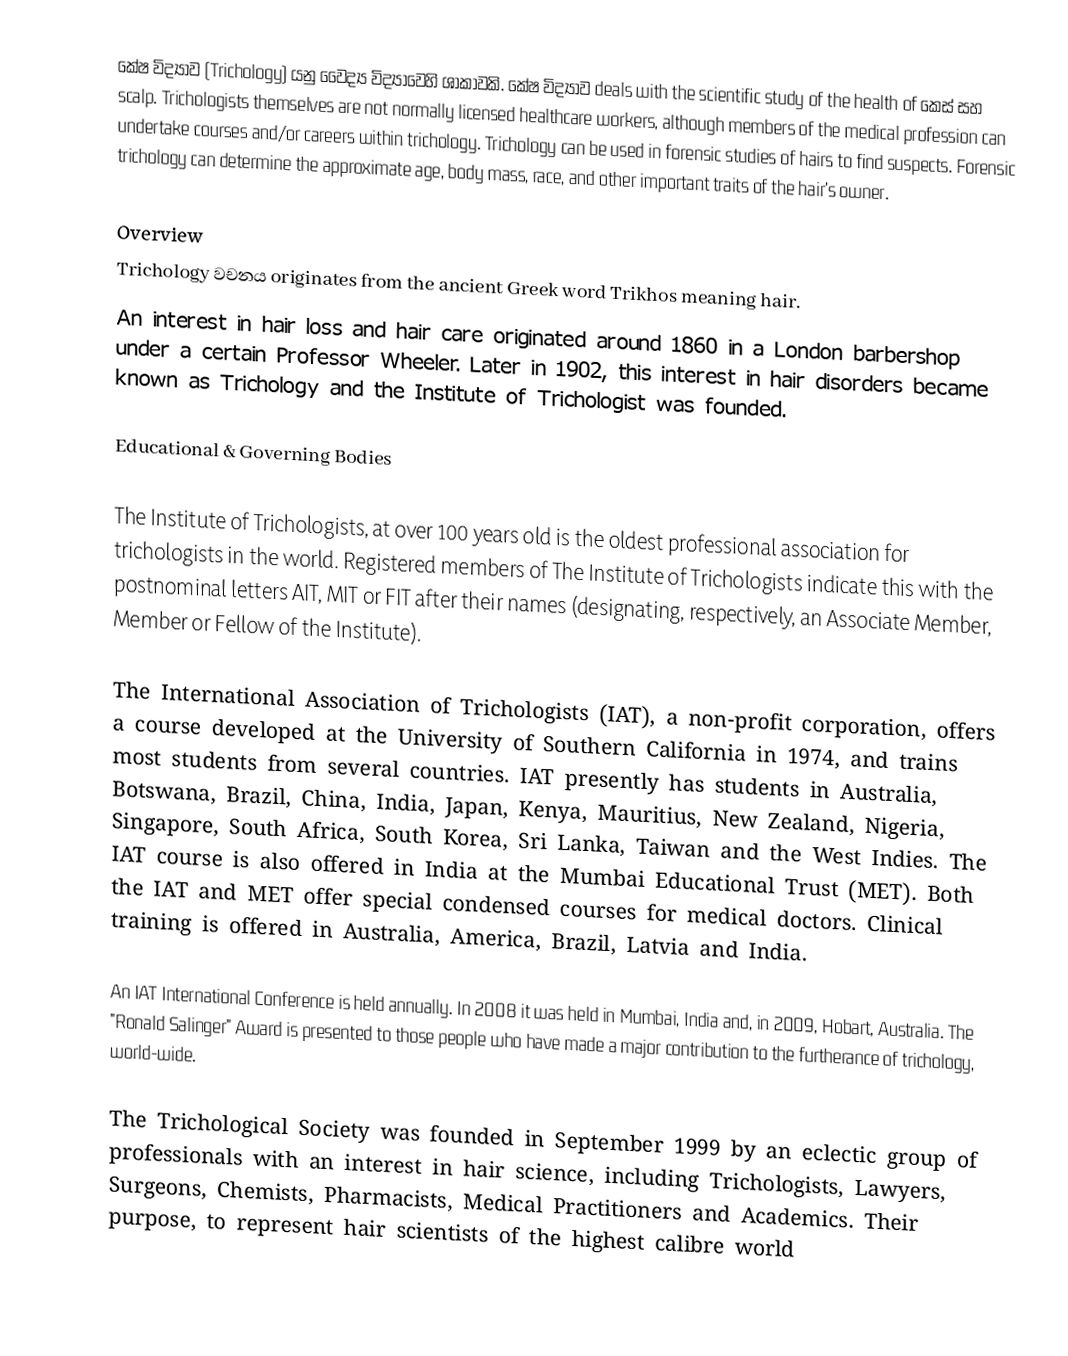
කේෂ විද්‍යාව (Trichology) යනු වෛද්‍ය විද්‍යාවෙහි ශාකාවකි. කේෂ විද්‍යාව deals with the scientific study of the health of කෙස් සහ scalp.  Trichologists themselves are not normally licensed healthcare workers, although members of the medical profession can undertake courses and/or careers within trichology. Trichology can be used in forensic studies of hairs to find suspects. Forensic trichology can determine the approximate age, body mass, race, and other important traits of the hair's owner.

Overview
Trichology වචනය originates from the ancient Greek word Trikhos meaning hair.
An interest in hair loss and hair care originated around 1860 in a London barbershop under a certain Professor Wheeler. Later in 1902, this interest in hair disorders became known as Trichology and the Institute of Trichologist was founded.

Educational & Governing Bodies

The Institute of Trichologists, at over 100 years old is the oldest professional association for trichologists in the world. Registered members of The Institute of Trichologists indicate this with the postnominal letters AIT, MIT or FIT after their names (designating, respectively, an Associate Member, Member or Fellow of the Institute).

The International Association of Trichologists (IAT), a non-profit corporation, offers a course developed at the University of Southern California in 1974, and trains most students from several countries. IAT presently has students in Australia, Botswana, Brazil, China, India, Japan, Kenya, Mauritius, New Zealand, Nigeria, Singapore, South Africa, South Korea, Sri Lanka, Taiwan and the West Indies.  The IAT course is also offered in India at the Mumbai Educational Trust (MET). Both the IAT and MET offer special condensed courses for medical doctors. Clinical training is offered in Australia, America, Brazil, Latvia and India.

An IAT International Conference is held annually. In 2008 it was held in Mumbai, India and, in 2009, Hobart, Australia. The "Ronald Salinger" Award is presented to those people who have made a major contribution to the furtherance of trichology, world-wide.

The Trichological Society was founded in September 1999 by an eclectic group of professionals with an interest in hair science, including Trichologists, Lawyers, Surgeons, Chemists, Pharmacists, Medical Practitioners and Academics. Their purpose, to represent hair scientists of the highest calibre world